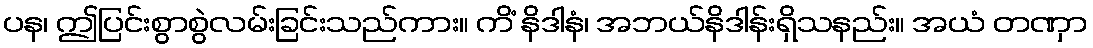
ပန၊ ဤပြင်းစွာစွဲလမ်းခြင်းသည်ကား။ ကိံ နိဒါနံ၊ အဘယ်နိဒါန်းရှိသနည်း။ အယံ တဏှာ